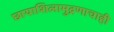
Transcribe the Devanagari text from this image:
छायाशिलामुद्रणाचाही